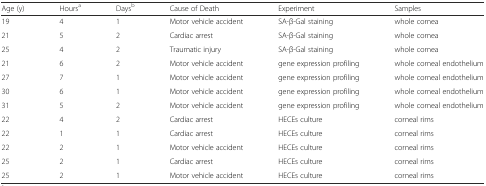
| Age (y) | Hoursa | Daysb | Cause of Death | Experiment | Samples |
 | --- | --- | --- | --- | --- | --- |
 | 19 | 4 | 1 | Motor vehicle accident | SA-β-Gal staining | whole cornea |
 | 21 | 5 | 2 | Cardiac arrest | SA-β-Gal staining | whole cornea |
 | 25 | 4 | 2 | Traumatic injury | SA-β-Gal staining | whole cornea |
 | 21 | 6 | 2 | Motor vehicle accident | gene expression profiling | whole corneal endothelium |
 | 27 | 7 | 1 | Motor vehicle accident | gene expression profiling | whole corneal endothelium |
 | 30 | 6 | 1 | Motor vehicle accident | gene expression profiling | whole corneal endothelium |
 | 31 | 5 | 2 | Motor vehicle accident | gene expression profiling | whole corneal endothelium |
 | 22 | 4 | 2 | Cardiac arrest | HECEs culture | corneal rims |
 | 22 | 1 | 1 | Cardiac arrest | HECEs culture | corneal rims |
 | 22 | 2 | 1 | Motor vehicle accident | HECEs culture | corneal rims |
 | 25 | 2 | 1 | Cardiac arrest | HECEs culture | corneal rims |
 | 25 | 2 | 1 | Motor vehicle accident | HECEs culture | corneal rims |